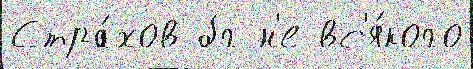
Стра́хов бг н'е вс'я́кого